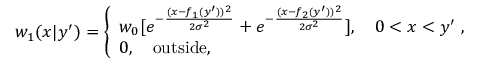
w _ { 1 } ( x | y ^ { \prime } ) = \left\{ \begin{array} { l } { { w _ { 0 } } [ e ^ { - { \frac { ( x - f _ { 1 } ( y ^ { \prime } ) ) ^ { 2 } } { 2 \sigma ^ { 2 } } } } + e ^ { - { \frac { ( x - f _ { 2 } ( y ^ { \prime } ) ) ^ { 2 } } { 2 \sigma ^ { 2 } } } } ] , \quad 0 < x < y ^ { \prime } \; , } \\ { 0 , \quad \mathrm { o u t s i d e , } } \end{array} \right.